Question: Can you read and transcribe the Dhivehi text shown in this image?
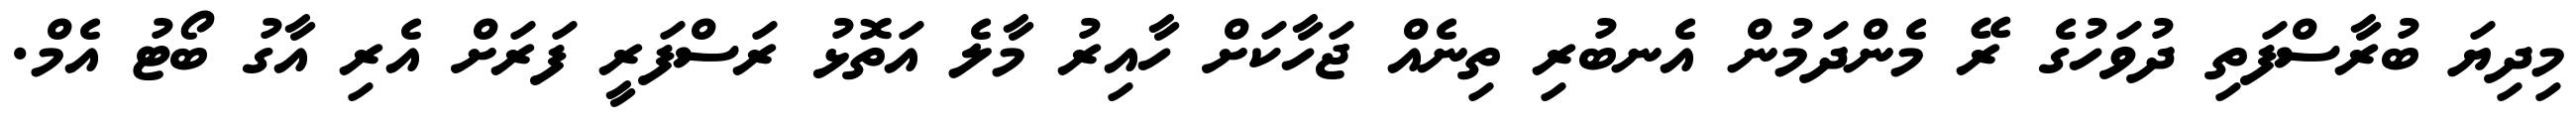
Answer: މިދިޔަ ބުރާސްފަތި ދުވަހުގެ ރޭ މެންދަމުން އެނބުރި ތިނެއް ޖަހާކަށް ހާއިރު މާލެ އަތޮޅު ރަސްފަރީ ފަރަށް އެރި އާގު ބޯޓު އެމް.